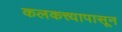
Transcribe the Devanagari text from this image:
कलकत्त्यापासून